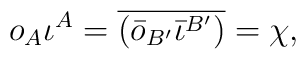
o_A\iota^A =\overline{(\bar{o}_{B'}\bar{\iota}^{B'})} = \chi ,